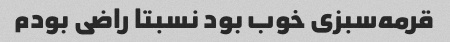
قرمه‌سبزی خوب بود نسبتا راضی بودم